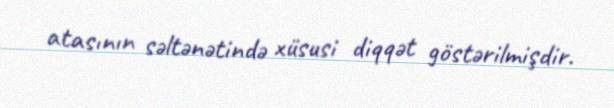
atasının səltənətində xüsusi diqqət göstərilmişdir.